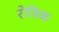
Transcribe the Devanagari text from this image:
रोविक